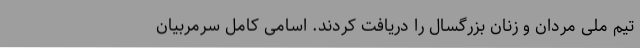
تیم ملی مردان و زنان بزرگسال را دریافت کردند. اسامی کامل سرمربیان